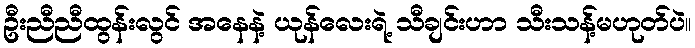
ဦးညီညီထွန်းလွင် အနေနဲ့ ယုန်လေးရဲ့ သီချင်းဟာ သီးသန့်မဟုတ်ပဲ။